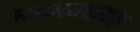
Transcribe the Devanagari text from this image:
आजमाकर